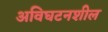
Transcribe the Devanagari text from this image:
अविघटनशील